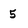
Character: 5